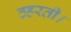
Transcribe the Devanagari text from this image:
ठहरती।